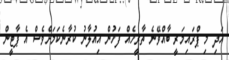
އަދި މި ޕްރައިމަރީ ބާއްވޭނެ ތާރީހެއް ފަހުން އިއުލާނު ކުރާނެކަމަށްވެސް އެ ޕާޓީން